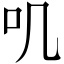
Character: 叽